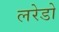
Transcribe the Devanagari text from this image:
लरेडो